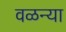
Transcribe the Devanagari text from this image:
वळन्या